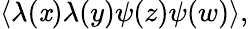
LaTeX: \langle\lambda(\mathit{x})\lambda(y)\psi(z)\psi(w)\rangle,